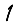
Digit: 1